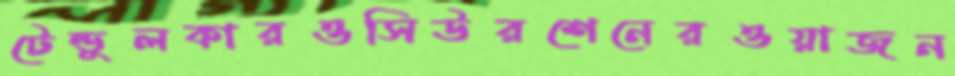
টেন্ডুলকারওসিউরশেনেরওয়াজন